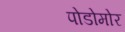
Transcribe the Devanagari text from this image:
पोडोमोर